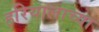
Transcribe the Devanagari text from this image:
हरियालाच्या